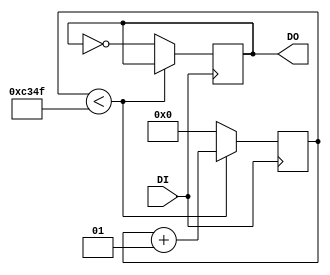
module Divider #(parameter N=100000)
(
    DI,
    DO
);
    input DI;
    // input [2:0]N;

    output DO;

    reg DO = 0;

    integer t_cnt = 0;
    always @(posedge DI)begin
        if(t_cnt<N/2-1) begin
            t_cnt <= t_cnt + 1;
        end
        else begin
            t_cnt <= 0;
            DO    <= ~DO;
        end
    end
endmodule